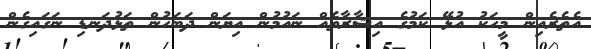
އެތެރެއިން މީހަކު އުޅޭ ކަމުގެ އިޝާރާތެއް ނައުމުން އިޔަން ދަބަހުން ތަޅުދަނޑި ނަގައިގެން